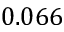
0 . 0 6 6